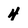
Character: 4